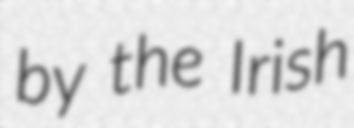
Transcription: by the Irish